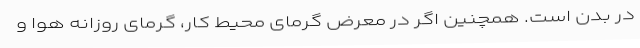
در بدن است. همچنین اگر در معرض گرمای محیط کار، گرمای روزانه هوا و